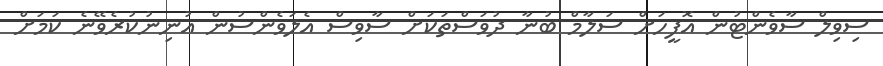
ސިވިލް ސާވެންޓުން އޮފީހަށް ސަލާމް ބުނާ ދުވަސްތަކަށް ސާވިސް އެލަވެންސުން އުނިނުކުރެވޭނެ ކަމަށް